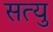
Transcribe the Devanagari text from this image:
सत्यु